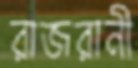
রাজরানী